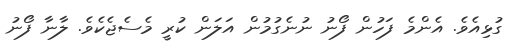
ގުޅިއެވެ. އެންމެ ފަހުން ފޯނު ނުނެގުމުން އަލަން ކުރީ މެސެޖެކެވެ. ލާނާ ފޯނު